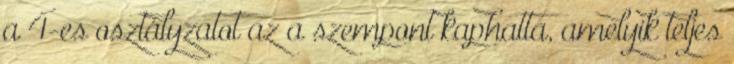
a 4-es osztályzatot az a szempont kaphatta, amelyik teljes